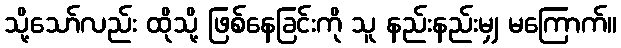
သို့သော်လည်း ထိုသို့ ဖြစ်နေခြင်းကို သူ နည်းနည်းမျှ မကြောက်။